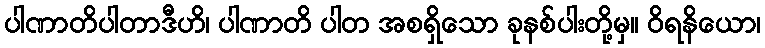
ပါဏာတိပါတာဒီဟိ၊ ပါဏာတိ ပါတ အစရှိသော ခုနစ်ပါးတို့မှ။ ဝိရနိယော၊